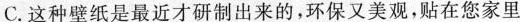
C.这种壁纸是最近才研制出来的，环保又美观，贴在您家里